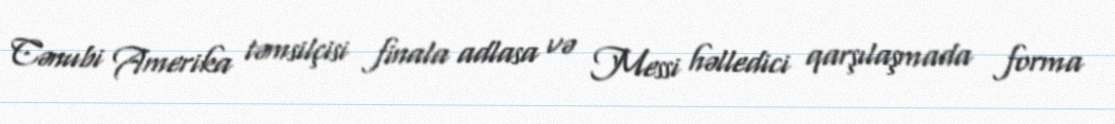
Cənubi Amerika təmsilçisi finala adlasa və Messi həlledici qarşılaşmada forma